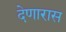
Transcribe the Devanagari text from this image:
देणारास